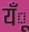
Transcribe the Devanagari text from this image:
यँू